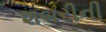
શબરીની